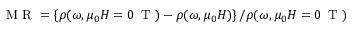
\mathrm { ~ M ~ R ~ } = \left\{ \rho ( \omega , \mu _ { 0 } H = 0 \, \mathrm { ~ T ~ } ) - \rho ( \omega , \mu _ { 0 } H ) \right\} / \rho ( \omega , \mu _ { 0 } H = 0 \, \mathrm { ~ T ~ } )